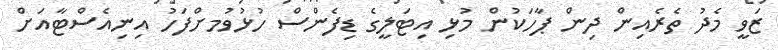
ޒަވީ މެދު ތެރެއިން ދިން ޕާހަކުން މުޅި އިޓަލީގެ ޑިފެންސް ހުޅުވުމށްފަހު އިނިއެސްޓާއަށް